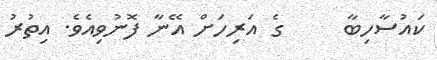
ކައުސާހިބާ     ގެ އަރިހަށް އޭނާ ފޮނުވިއެވެ. އިތުރު